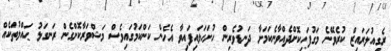
ރެގިއުލަރައިޒް ކުރެވޭނެ މަގުފަހިކޮށްދެއްވާނެކަމަށާ ދަނޑުވެރިން ހުށަހަޅައިފައިވާ އެހެން ކަންކަމުގައިވެސް މަޝްވަރާކޮށްގެން ރަނގަޅު ޙައްލުތަކެއް